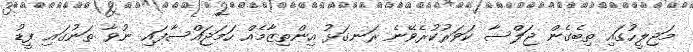
މަޖިލީހުގައި ތިބެގެން ޖަލްސާ ކަވަރުކުރެވޭނެ ރަނގަޅު އިންތިޒާމެއް ހަމަޖައްސާފައި ނުވާ ތަނުގައި ފީޑު